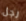
رجل